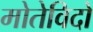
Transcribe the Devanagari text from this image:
मोतेविदो